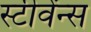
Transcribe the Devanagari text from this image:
स्टीवेंन्स